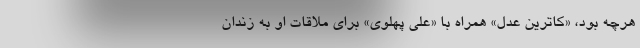
هرچه بود، «کاترین عدل» همراه با «علی پهلوی» برای ملاقات او به زندان